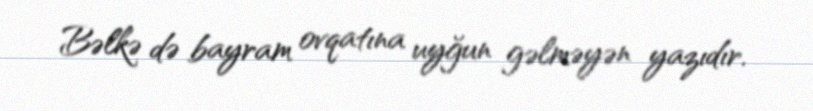
Bəlkə də bayram ovqatına uyğun gəlməyən yazıdır.